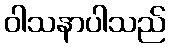
ဝါသနာပါသည်